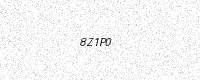
Text: 8Z1P0